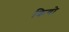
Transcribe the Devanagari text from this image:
क्रियो